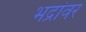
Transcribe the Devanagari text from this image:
भद्रांवर